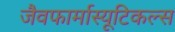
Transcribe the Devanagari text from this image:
जैवफार्मास्यूटिकल्स